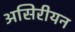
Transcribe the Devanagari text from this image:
असिरीयन